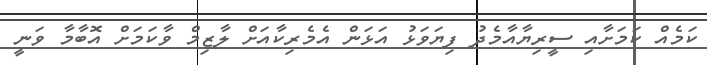
ކަމެއް ކަމަށާއި ސީރިޔާއާމެދު ފިޔަވަޅު އަޅަން އެމެރިކާއަށް ލާޒިމް ވާކަމަށް އޮބާމާ ވަނީ